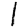
Digit: 1